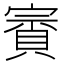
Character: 賨